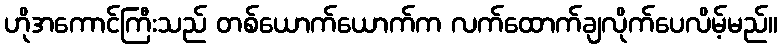
ဟိုအကောင်ကြီးသည် တစ်ယောက်ယောက်က လက်ထောက်ချလိုက်ပေလိမ့်မည်။